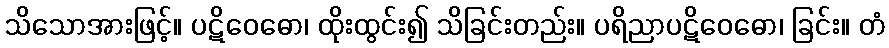
သိသောအားဖြင့်။ ပဋိဝေဓော၊ ထိုးထွင်း၍ သိခြင်းတည်း။ ပရိညာပဋိဝေဓော၊ ခြင်း။ တံ